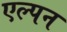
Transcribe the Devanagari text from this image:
एल्पन